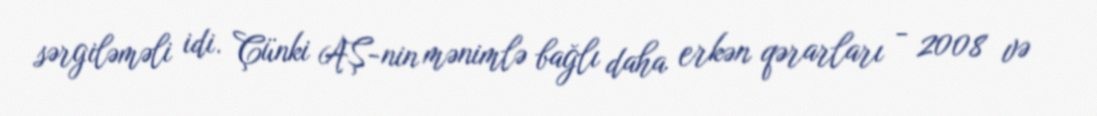
sərgiləməli idi. Çünki AŞ-nin mənimlə bağlı daha erkən qərarları - 2008 və